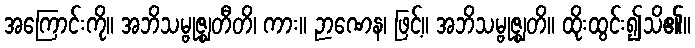
အကြောင်းကို။ အဘိသမ္ဗုဇ္ဈတီတိ၊ ကား။ ဉာဏေန၊ ဖြင့်။ အဘိသမ္ဗုဇ္ဈတိ။ ထိုးထွင်း၍သိ၏။